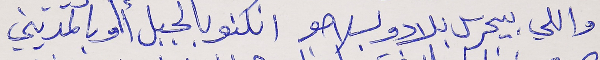
واللي بيحرس بلادو بسلاحو     انكنو بالجبل أو بالمديني